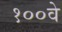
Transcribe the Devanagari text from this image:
१००वे